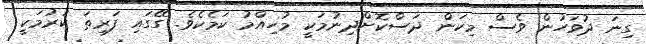
ގިނަ ދުވަހުން ވެސް މިކަން ދަސްކޮށްދިނުމަކީ މުހިއްމު ކަމެކެވެ. ގޭގައި ފަރިތަ ކުރުމަކީ